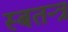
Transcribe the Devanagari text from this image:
स्बतन्त्र